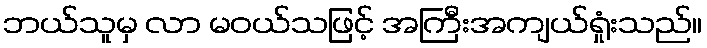
ဘယ်သူမှ လာ မဝယ်သဖြင့် အကြီးအကျယ်ရှုံးသည်။